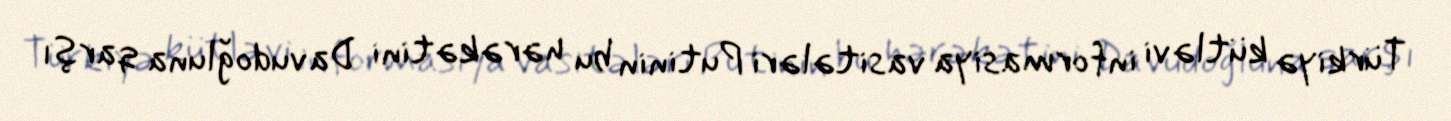
Türkiyə kütləvi informasiya vasitələri Putinin bu hərəkətini Davudoğluna qarşı